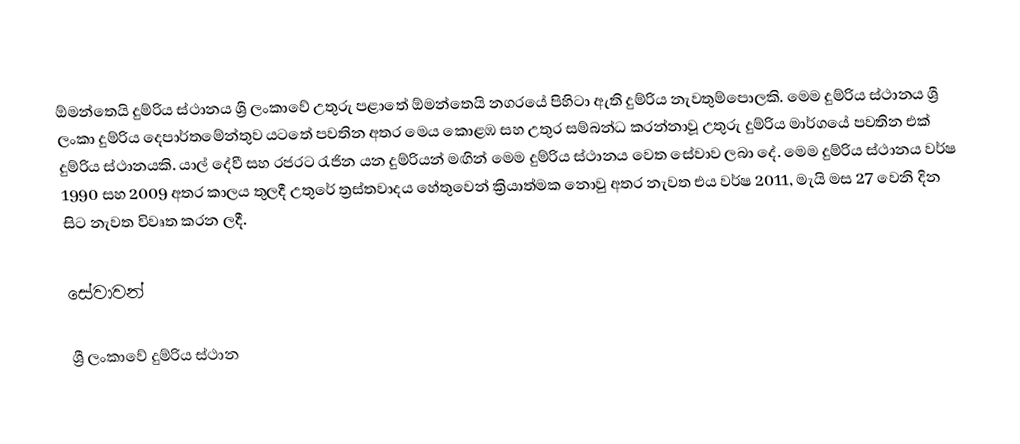
ඕමන්තෙයි දුම්රිය ස්ථානය ශ්‍රී ලංකාවේ උතුරු පළාතේ ඕමන්තෙයි නගරයේ පිහිටා ඇති දුම්රිය නැවතුම්පොලකි. මෙම දුම්රිය ස්ථානය ශ්‍රී ලංකා දුම්රිය දෙපාර්තමේන්තුව යටතේ පවතින අතර මෙය කොළඹ සහ උතුර සම්බන්ධ කරන්නාවූ උතුරු දුම්රිය මාර්ගයේ පවතින එක් දුම්රිය ස්ථානයකි. යාල් දේවී සහ රජරට රැජින යන දුම්රියන් මඟින් මෙම දුම්රිය ස්ථානය වෙත සේවාව ලබා දේ. මෙම දුම්රිය ස්ථානය වර්ෂ 1990 සහ 2009 අතර කාලය තුලදී උතුරේ ත්‍රස්තවාදය හේතුවෙන් ක්‍රියාත්මක නොවු අතර නැවත එය වර්ෂ 2011, මැයි මස 27 වෙනි දින සිට නැවත විවෘත කරන ලදී.

සේවාවන්

ශ්‍රී ලංකාවේ දුම්රිය ස්ථාන